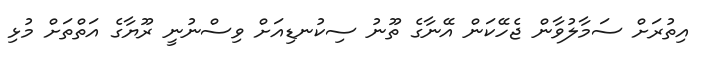
އިތުރަށް ސަމާލުވާން ޖެހޭކަން އޭނާގެ ތޫނު ސިކުނޑިއަށް ވިސްނުނީ ރޫޔާގެ އަތްތަށް މުޅި